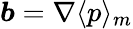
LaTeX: \boldsymbol{b}=\nabla{\langle p\rangle_{m}}